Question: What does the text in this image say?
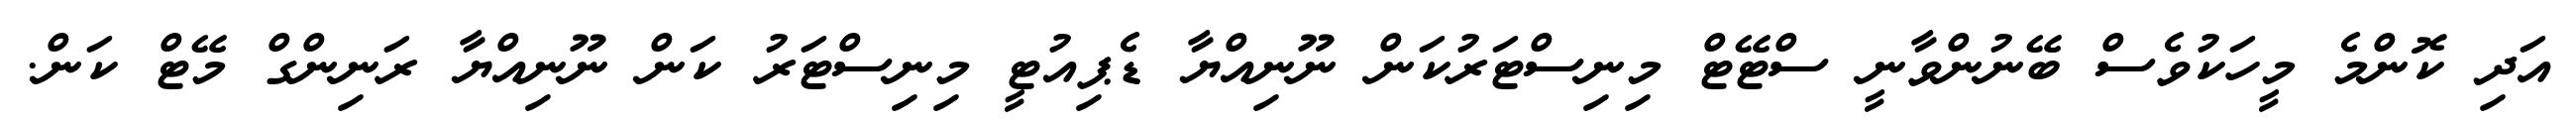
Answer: އަދި ކޮންމެ މީހަކުވެސް ބޭނުންވާނީ ސްޓޭޓް މިނިސްޓަރުކަން ނޫނިއްޔާ ޑެޕިއުޓީ މިނިސްޓަރު ކަން ނޫނިއްޔާ ރަނިންގް މޭޓް ކަން.